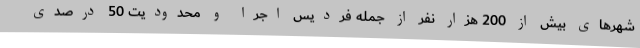
شهرهای بیش از 200 هزار نفر از جمله فردیس اجرا و محدودیت 50 درصدی